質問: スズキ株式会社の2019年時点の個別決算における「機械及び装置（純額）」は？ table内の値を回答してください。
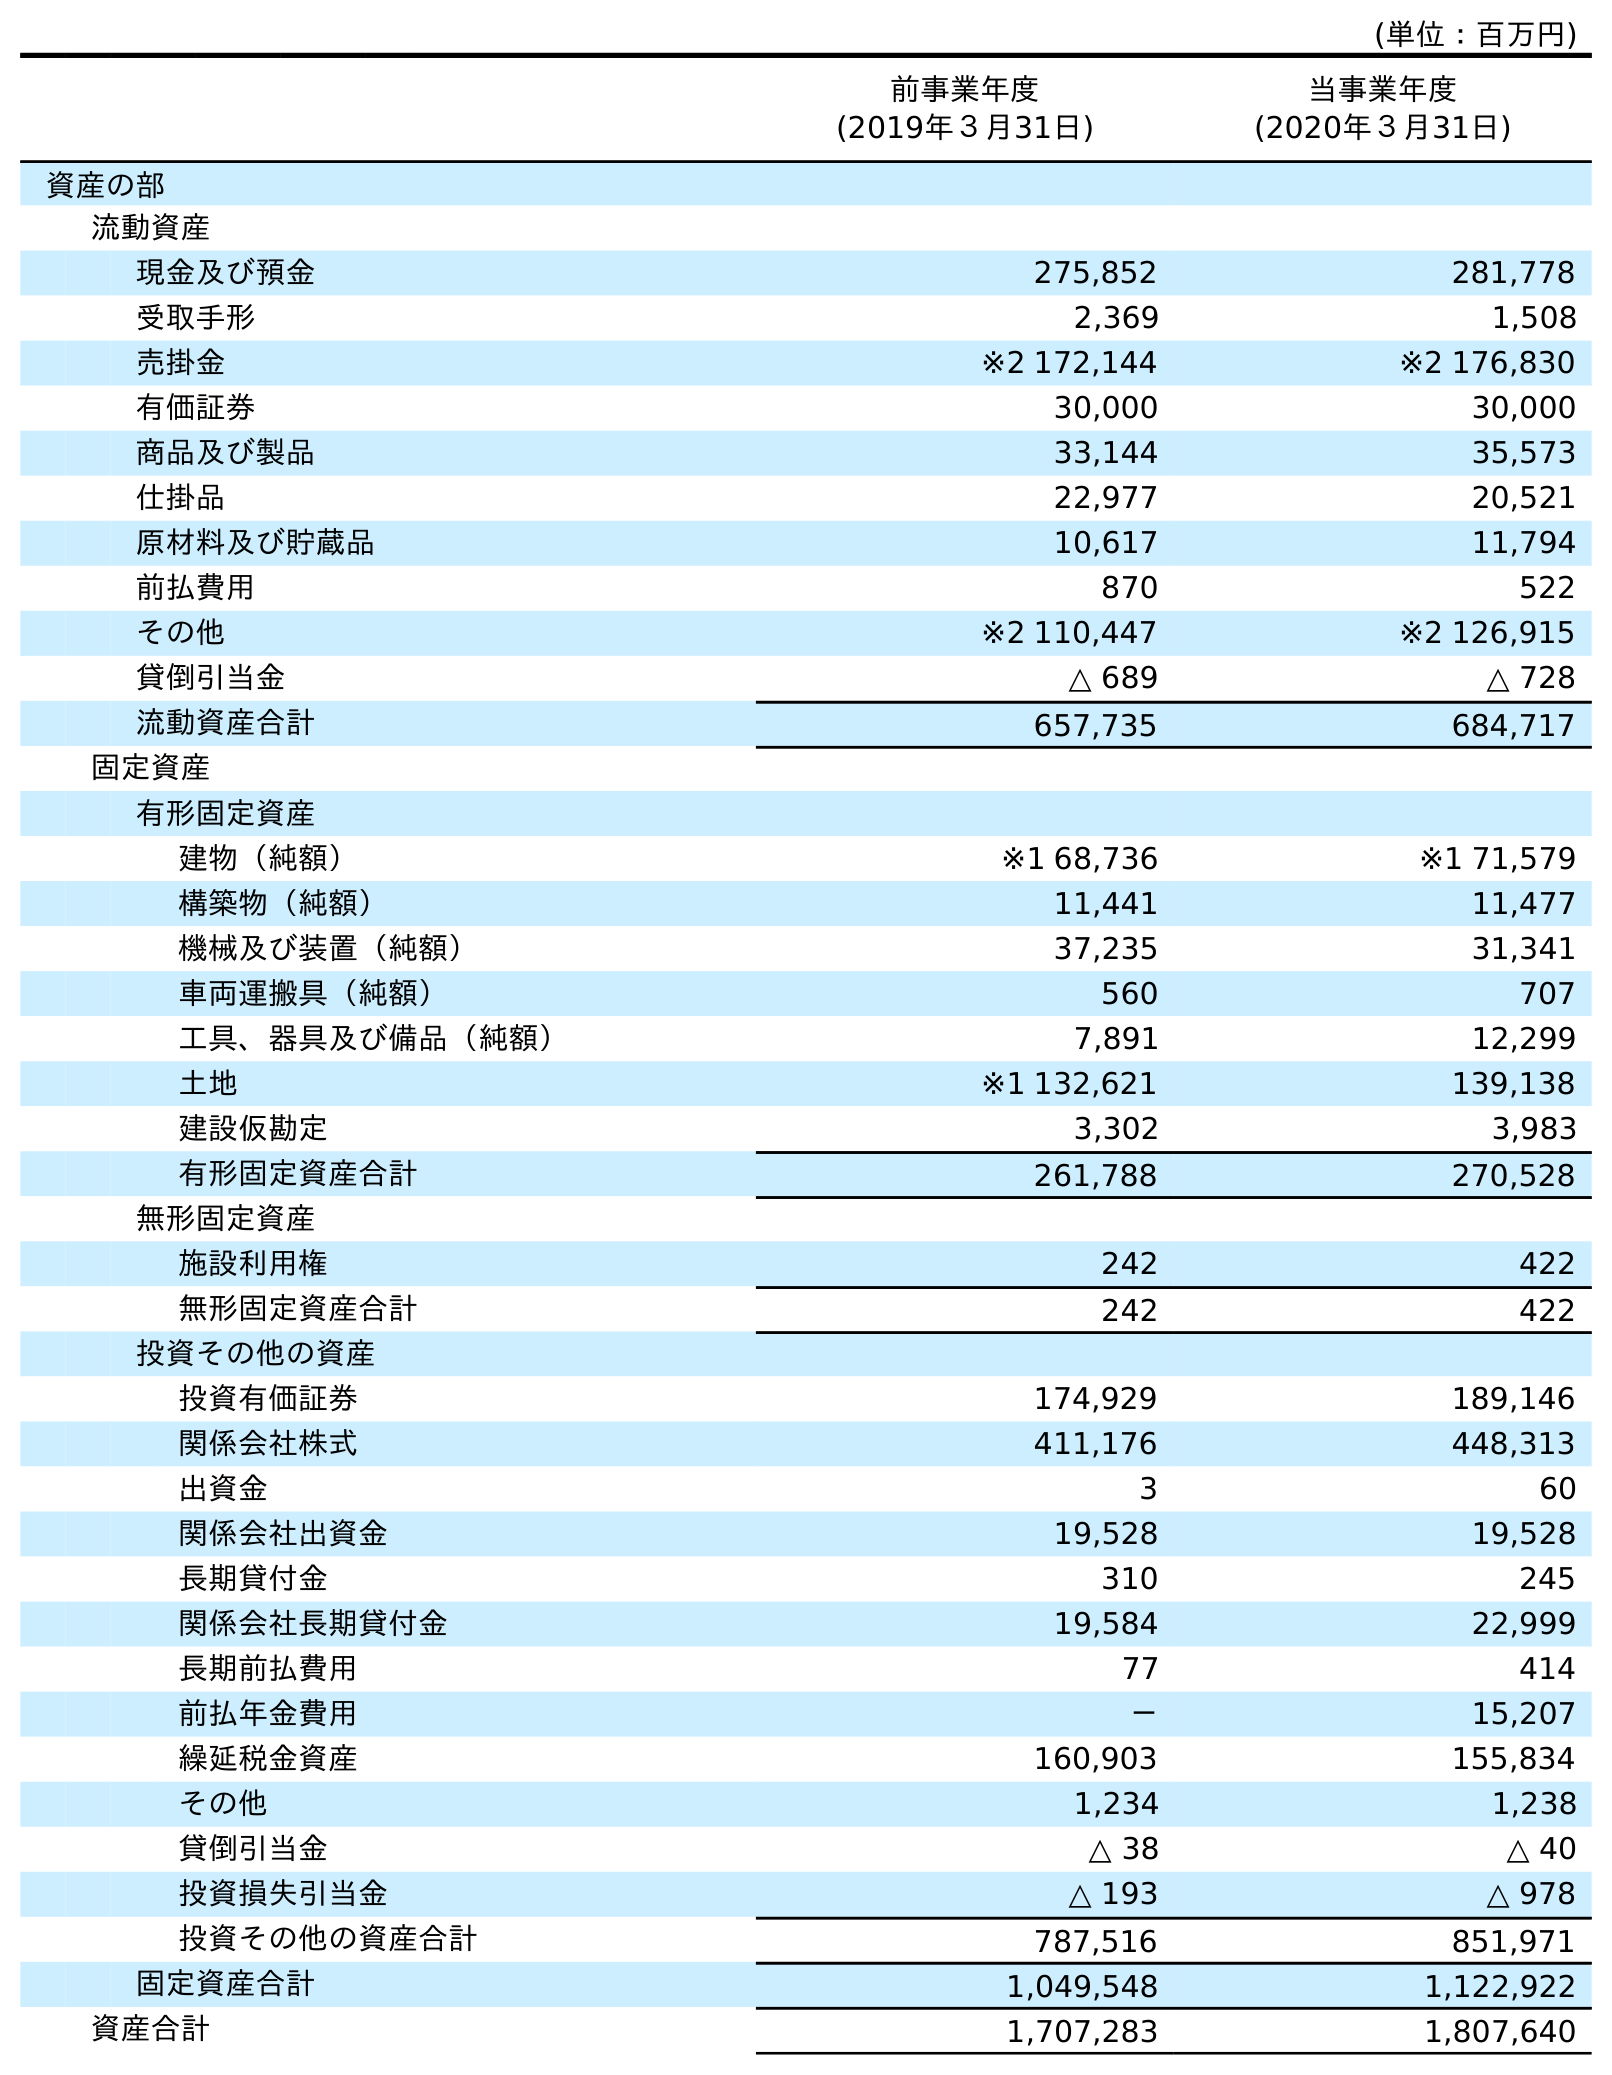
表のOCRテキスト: (単位：百万円) 前事業年度 (2019年３月31日) 当事業年度 (2020年３月31日) 資産の部 流動資産 現金及び預金 275,852 281,778 受取手形 2,369 1,508 売掛金 ※2 172,144 ※2 176,830 有価証券 30,000 30,000 商品及び製品 33,144 35,573 仕掛品 22,977 20,521 原材料及び貯蔵品 10,617 11,794 前払費用 870 522 その他 ※2 110,447 ※2 126,915 貸倒引当金 △ 689 △ 728 流動資産合計 657,735 684,717 固定資産 有形固定資産 建物（純額） ※1 68,736 ※1 71,579 構築物（純額） 11,441 11,477 機械及び装置（純額） 37,235 31,341 車両運搬具（純額） 560 707 工具、器具及び備品（純額） 7,891 12,299 土地 ※1 132,621 139,138 建設仮勘定 3,302 3,983 有形固定資産合計 261,788 270,528 無形固定資産 施設利用権 242 422 無形固定資産合計 242 422 投資その他の資産 投資有価証券 174,929 189,146 関係会社株式 411,176 448,313 出資金 3 60 関係会社出資金 19,528 19,528 長期貸付金 310 245 関係会社長期貸付金 19,584 22,999 長期前払費用 77 414 前払年金費用 － 15,207 繰延税金資産 160,903 155,834 その他 1,234 1,238 貸倒引当金 △ 38 △ 40 投資損失引当金 △ 193 △ 978 投資その他の資産合計 787,516 851,971 固定資産合計 1,049,548 1,122,922 資産合計 1,707,283 1,807,640
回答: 37,235